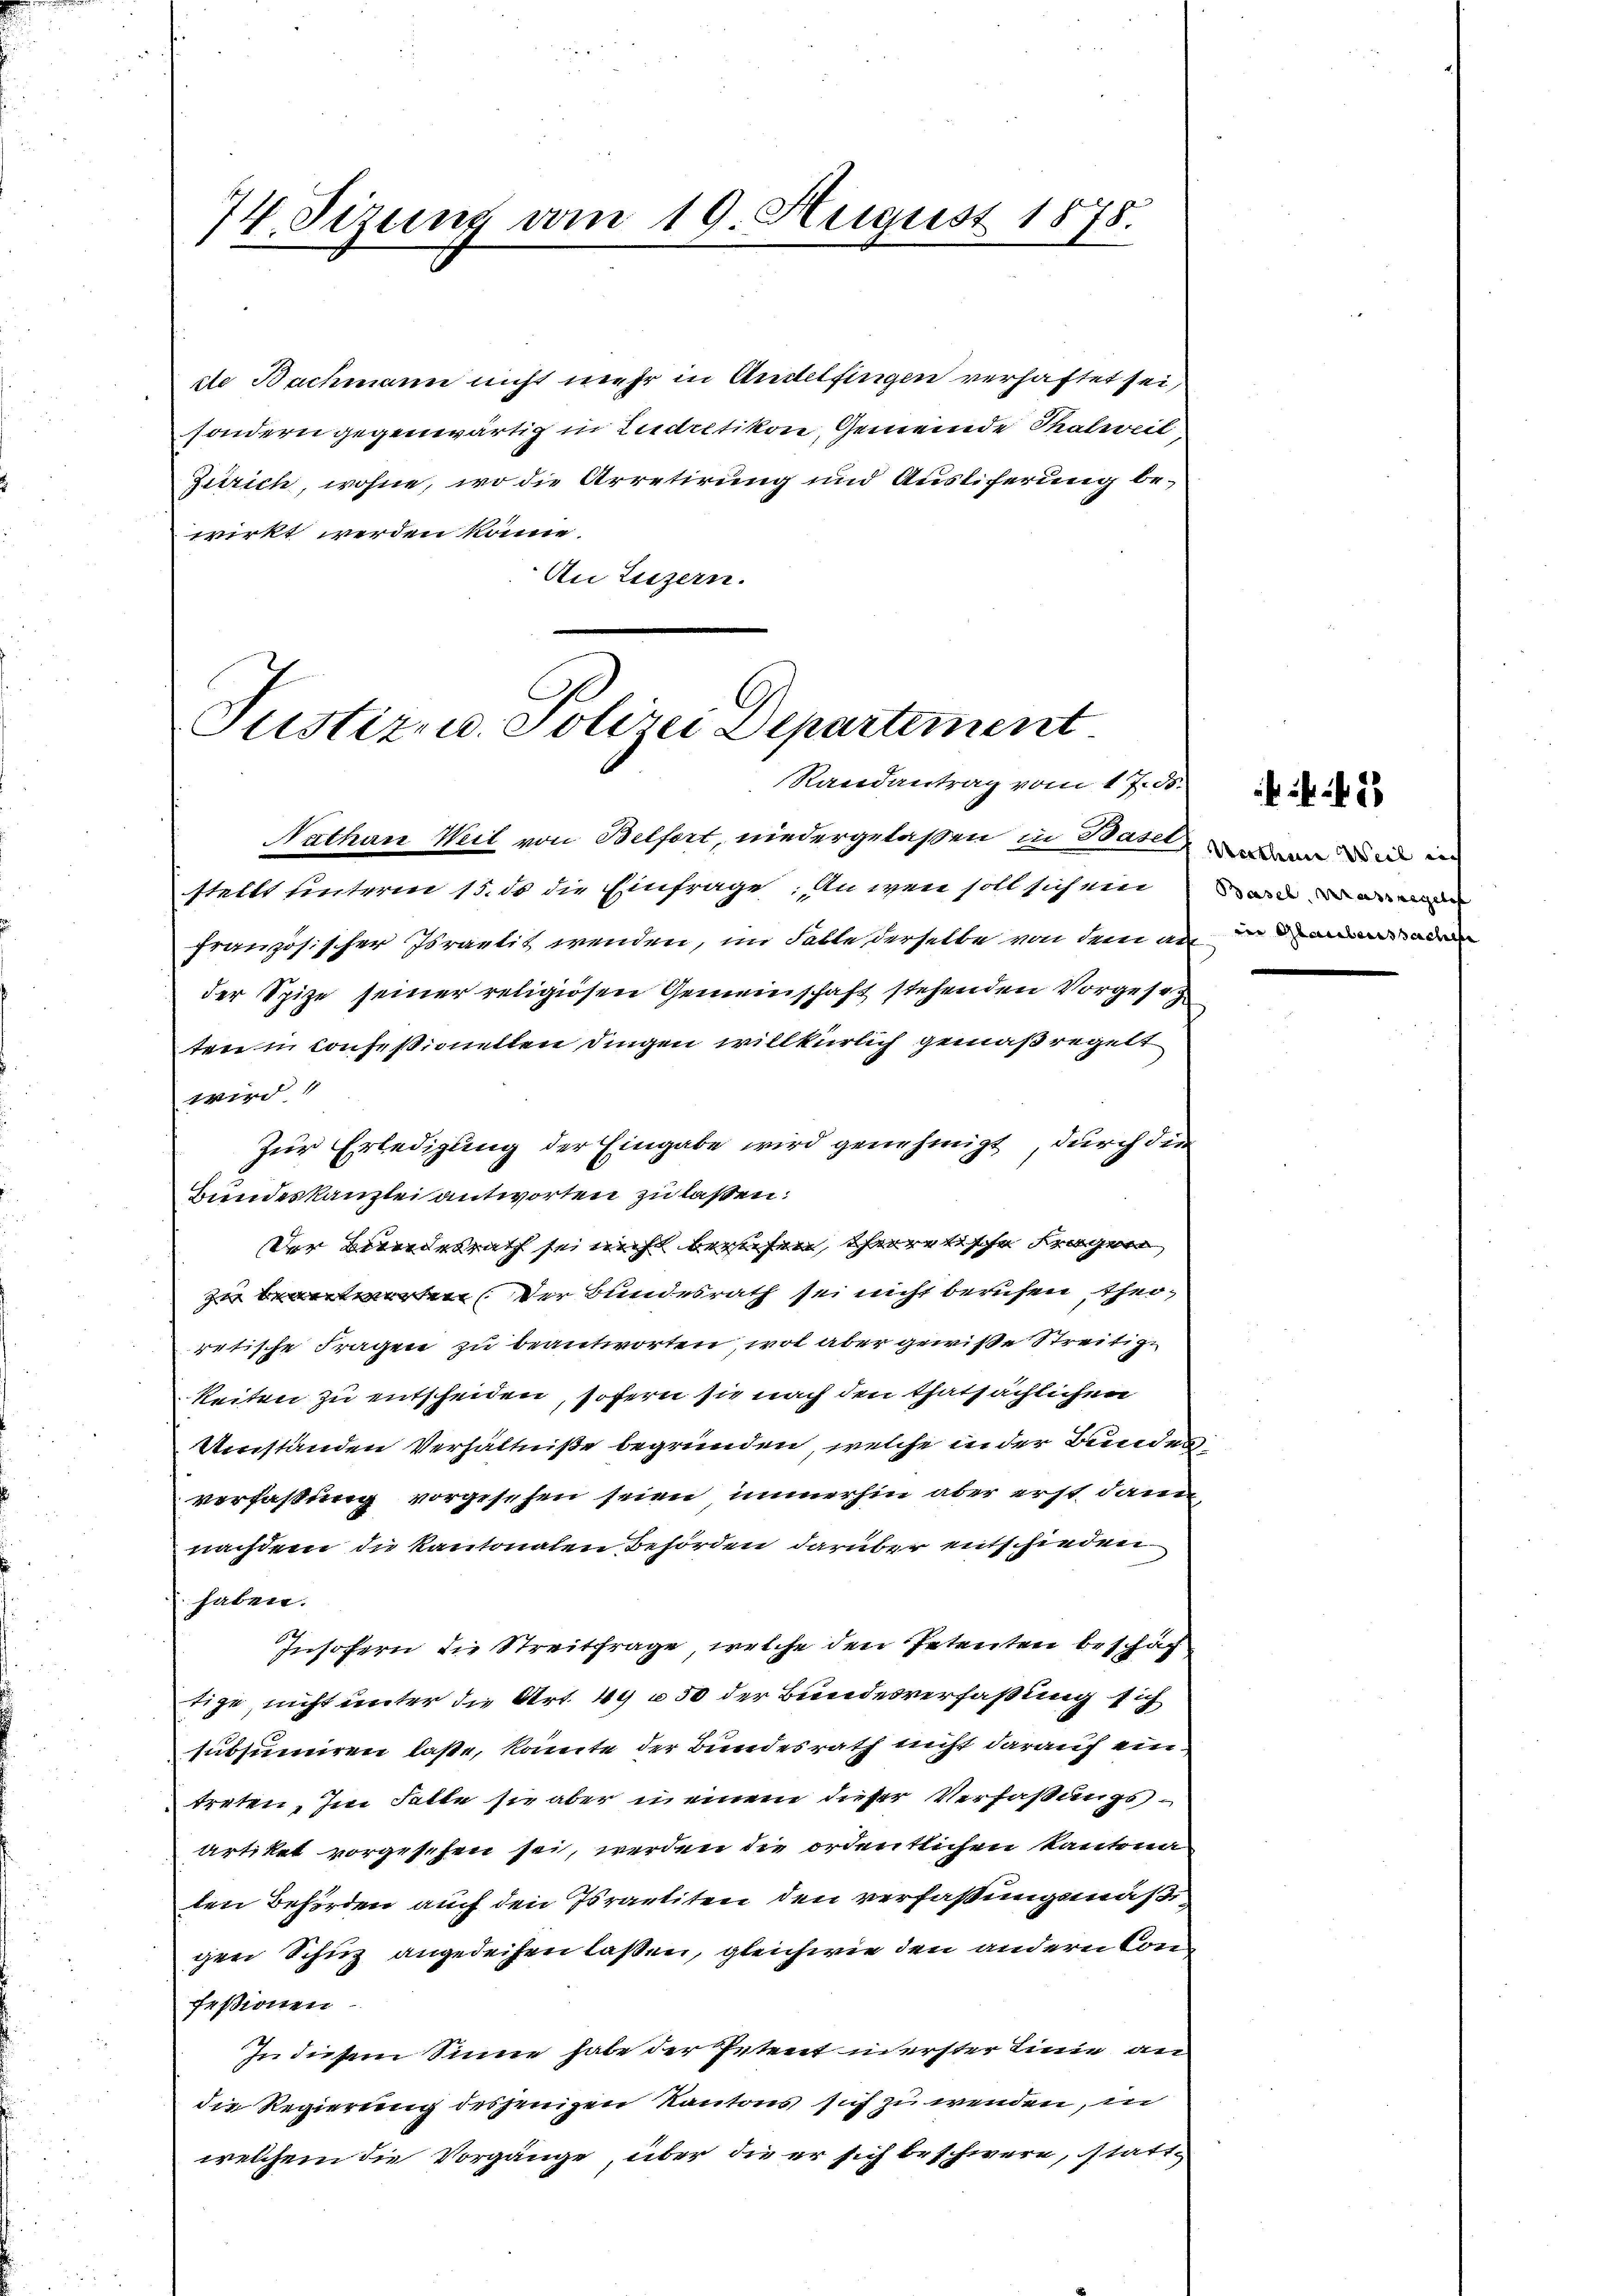
dte Bachmann nicht mehr in Andelfingen verhaftet sei,
sondern gegenwärtig in Ludretikon, Gemeinde Thalweil,
Zürich, wohne, wo die Arretirung und Ausliferung bewirkt werden könne.
An Luzern.

74. Sizung vom 19. August 1878.

Justiz- u. Polizei Departement
Randantrag vom 17. ds.

Nathan Weil von Belfort, niedergelaßen in Basel
stellt unterm 15. ds die Einfrage: An wenn soll sich ein
französischer Israelis wenden, im Falle derselbe von dem an in de
der Spize seiner religiösen Gemeinschaft stehenden Vorgesetz
ten in Confessionellen Dingen willkürlich gemäß regelt
wird.
Zur Erledigung der Eingabe wird genehmigt, durch der
Bundeskanzlei antworten zu laßen:
Der Bundesrath sei nicht verehen, theoretische Fragen
zu beantworten der Bundesrath sei nicht berufen, theiretische Fragen zu beantworten, wol aber gewiße Streitige
keiten zu entscheiden, sofern sie nach den thatsächlichen
Umständen Verhältniße begründen, welche in der Bundes
verfaßung vorgesehen seien, immerhin aber erst dann
nachdem die Kantonalen Behörden darüber entschieden
s. haben.
Insofern die Streitfrage, welche den Petenten beschäf
tige, nicht unter die Art. 49 u 50 der Bundesverfaßung sich
subsumiren laste, könnte der Bundesrath nicht darauf ein
treten. Im Falle sie aber in einem dieser Verfaßungsartiket vorgesehen sei, werden die ordentlichen Kantona
len Behörden auch den Israeliten den verfaßungsmäßigen Schuz angedeihen laßen, gleichwie den andern kon
feßionen
In diesem Sinne habe der Petent in erster eine an
die Regierung desjenigen Kantons sich zu wenden, in
welchem die Vorgänge, über die er sich beschwere, statt-

Werthene Weil nich
Basel, Massregel

2